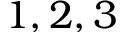
1 , 2 , 3